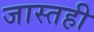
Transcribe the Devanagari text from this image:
जास्तही